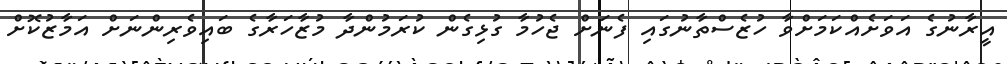
އީރާނުގެ އަވަށެއްކަމަށްވާ ހުޒެސްތާނުގައި ފެނަށް ޖެހުމާ ގުޅިގެން ކުރަމުންދާ މުޒާހަރާގެ ބައިވެރިންނަށް އަމާޒުކޮށް